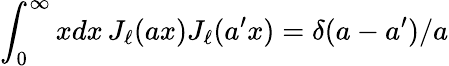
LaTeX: \int_{0}^{\infty}xdx\, J_{\ell}(ax)J_{\ell}(a^{\prime}x)=\delta(a-a^{\prime})/a